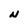
Character: N